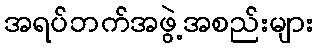
အရပ်ဘက်အဖွဲ့အစည်းများ